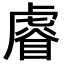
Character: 𧇖